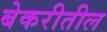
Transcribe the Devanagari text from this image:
बेकरीतील